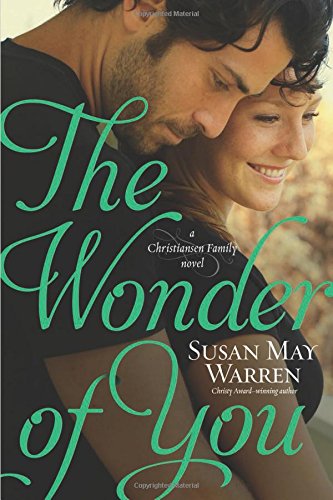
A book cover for The Wonder of You (Christiansen Family); Susan May Warren; Romance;